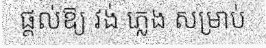
ផ្តល់ឱ្យ វង់ ភ្លេង សម្រាប់